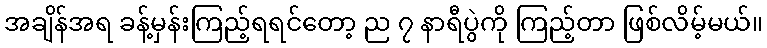
အချိန်အရ ခန့်မှန်းကြည့်ရရင်တော့ ည ၇ နာရီပွဲကို ကြည့်တာ ဖြစ်လိမ့်မယ်။